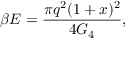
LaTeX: \beta E = \frac { \pi q ^ { 2 } ( 1 + x ) ^ { 2 } } { 4 G _ { 4 } } ,